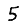
Digit: 5